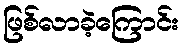
ဖြစ်လာခဲ့ကြောင်း